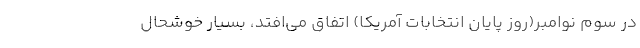
در سوم نوامبر(روز پایان انتخابات آمریکا) اتفاق می‌افتد، بسیار خوشحال